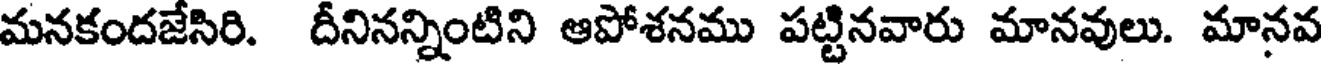
మనకందజేసిరి. దీనినన్నింటిని ఆపోశనము పట్టినవారు మానవులు. మానవ